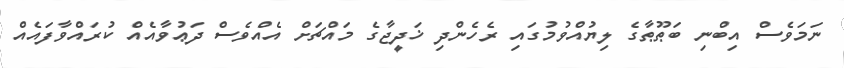
ނަމަވެސް އިބްނި ބަޠޫޠާގެ ލިޔުއްވުމުގައި ރެހެންދި ޚަދީޖާގެ މައްޗަށް އެއްވެސް ދަޢުވާއެއް ކުރައްވާފައެއް